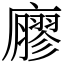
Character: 廫